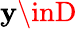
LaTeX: \mathbf{y}\inD